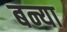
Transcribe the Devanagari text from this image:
बन्या